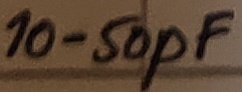
Text: 10-50pF